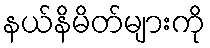
နယ်နိမိတ်များကို